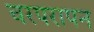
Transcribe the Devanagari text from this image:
चरपरापन